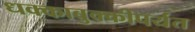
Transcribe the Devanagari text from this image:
धक्काबुक्कीपर्यंत